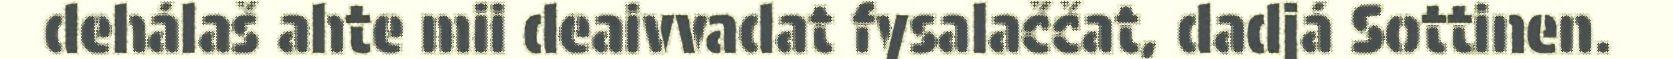
dehálaš ahte mii deaivvadat fysalaččat, dadjá Sottinen.